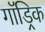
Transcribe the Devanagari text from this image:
गॉड्रिक